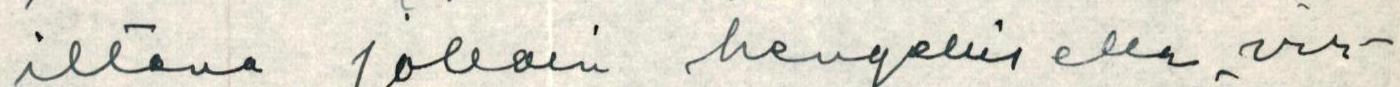
iltana jolloin hengellisella vir-